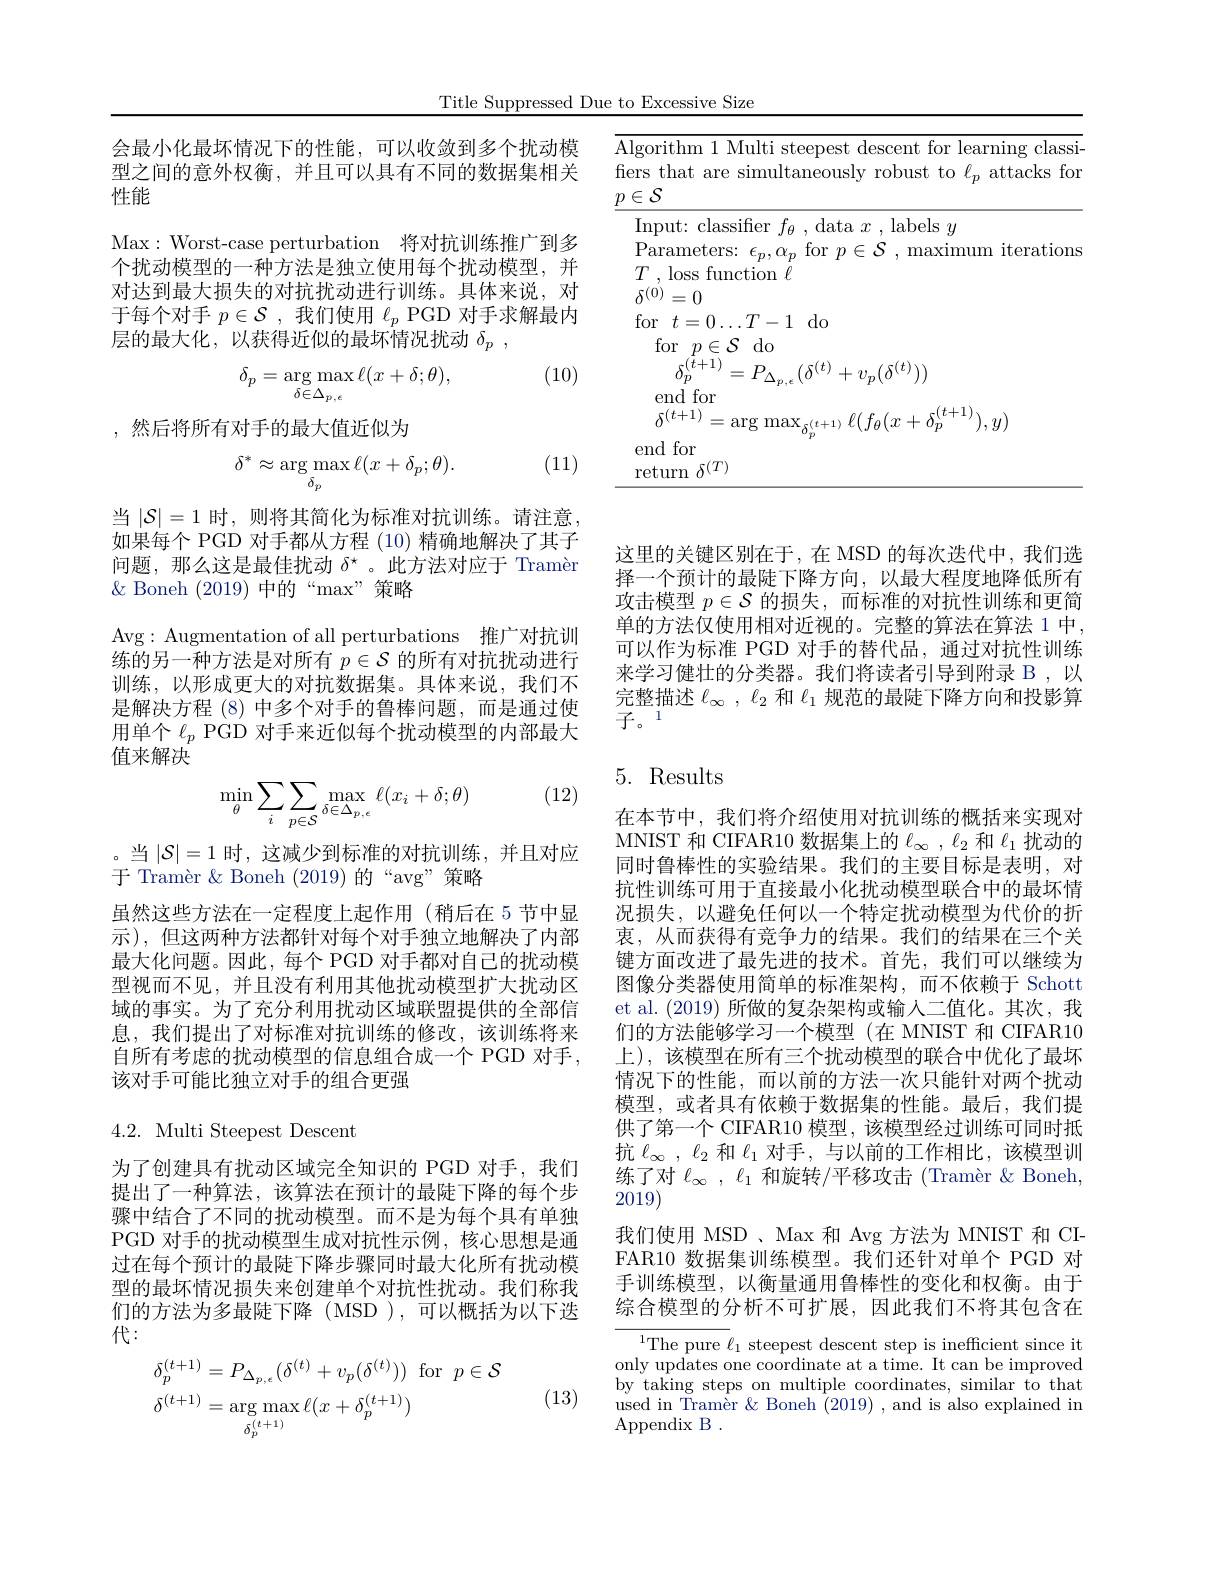
Title Suppressed Due to Excessive Size

会最小化最坏情况下的性能，可以收敛到多个扰动模型之间的意外权衡，并且可以具有不同的数据集相关性能

Max: Worst-case perturbation 将对抗训练推广到多个扰动模型的一种方法是独立使用每个扰动模型，并对达到最大损失的对抗扰动进行训练。具体来说，对于每个对手$p\in\mathcal{S}$ ,我们使用$\ell_p$ PGD 对手求解最内层的最大化，以获得近似的最坏情况扰动$\delta _p$ ,
$$\delta_p=\arg\max_{\delta\in\Delta_{p,\epsilon}}\ell(x+\delta;\theta),$$
(10)

,然后将所有对手的最大值近似为

(11)
$$\delta^{*}\approx\arg\max_{\delta_{p}}\ell(x+\delta_{p};\theta).$$
当$|\mathcal{S}|=1$时，则将其简化为标准对抗训练。请注意如果每个 PGD 对手都从方程 (10) 精确地解决了其子问题，那么这是最佳扰动$\delta^\star$ 。此方法对应于 Tramèr $\&$ Boneh (2019)中的“max”策略

Avg:Augmentation of all perturbations 推广对抗训练的另一种方法是对所有$p\in\mathcal{S}$的所有对抗扰动进行训练，以形成更大的对抗数据集。具体来说，我们不是解决方程 (8)中多个对手的鲁棒问题，而是通过使用单个$\ell_p$ PGD 对手来近似每个扰动模型的内部最大值来解决

(12)
$$\min_{\theta}\sum_{i}\sum_{p\in\mathcal{S}}\max_{\delta\in\Delta_{p,\epsilon}}\ell(x_{i}+\delta;\theta)$$
。当$|\mathcal{S}|=1$时，这减少到标准的对抗训练，并且对应
于 Tramèr & Boneh (2019)的“avg”策略
虽然这些方法在一定程度上起作用(稍后在 5 节中显示),但这两种方法都针对每个对手独立地解决了内部最大化问题。因此，每个 PGD 对手都对自己的扰动模型视而不见，并且没有利用其他扰动模型扩大扰动区域的事实。为了充分利用扰动区域联盟提供的全部信息，我们提出了对标准对抗训练的修改，该训练将来自所有考虑的扰动模型的信息组合成一个 PGD 对手， 该对手可能比独立对手的组合更强

4.2. Multi Steepest Descent

为了创建具有扰动区域完全知识的 PGD 对手，我们提出了一种算法，该算法在预计的最陡下降的每个步骤中结合了不同的扰动模型。而不是为每个具有单独PGD 对手的扰动模型生成对抗性示例，核心思想是通过在每个预计的最陡下降步骤同时最大化所有扰动模型的最坏情况损失来创建单个对抗性扰动。我们称我们的方法为多最陡下降(MSD),可以概括为以下迭代：
$$\begin{aligned}&\delta_{p}^{(t+1)}=P_{\Delta_{p,\epsilon}}(\delta^{(t)}+v_{p}(\delta^{(t)}))\:\mathrm{for}\:p\in\mathcal{S}\\&\delta^{(t+1)}=\arg\max_{\delta_{p}^{(t+1)}}\ell(x+\delta_{p}^{(t+1)})\end{aligned}$$
(13)

这里的关键区别在于，在 MSD 的每次迭代中，我们选择一个预计的最陡下降方向，以最大程度地降低所有攻击模型$p\in\mathcal{S}$的损失，而标准的对抗性训练和更简单的方法仅使用相对近视的。完整的算法在算法 1 中， 可以作为标准 PGD 对手的替代品，通过对抗性训练来学习健壮的分类器。我们将读者引导到附录 B ,以完整描述$\ell_\infty,\ell_2$和$\ell_1$规范的最陡下降方向和投影算${\text{子。}}1$

## 5. Results

在本节中，我们将介绍使用对抗训练的概括来实现对MNIST 和 CIFAR10 数据集上的$\ell_\infty,\ell_2$和$\ell_1$扰动的同时鲁棒性的实验结果。我们的主要目标是表明，对抗性训练可用于直接最小化扰动模型联合中的最坏情况损失，以避免任何以一个特定扰动模型为代价的折衷，从而获得有竞争力的结果。我们的结果在三个关键方面改进了最先进的技术。首先，我们可以继续为图像分类器使用简单的标准架构，而不依赖于 Schott et al. (2019)所做的复杂架构或输入二值化。其次，我们的方法能够学习一个模型(在 MNIST 和 CIFAR10上), 该模型在所有三个扰动模型的联合中优化了最坏情况下的性能，而以前的方法一次只能针对两个扰动模型，或者具有依赖于数据集的性能。最后，我们提供了第一个 CIFAR10 模型，该模型经过训练可同时抵抗$\ell_\infty,\ell_2$和$\ell_1$对手，与以前的工作相比，该模型训练了对$\ell_\infty,\ell_1$和旋转/平移攻击 (Tramèr & Boneh, 2019)
我们使用 MSD 、Max 和 Avg 方法为 MNIST 和 CIFAR10 数据集训练模型。我们还针对单个 PGD 对手训练模型，以衡量通用鲁棒性的变化和权衡。由于综合模型的分析不可扩展，因此我们不将其包含在

${\overline{{^{1}\text{The pure }\ell}}_{1}\text{ steepest descent step is inefficient since it}}$ only updates one coordinate at a time. It can be improved by taking steps on multiple coordinates, similar to that used in Tramèr& Boneh (2019) , and is also explained in Appendix B .